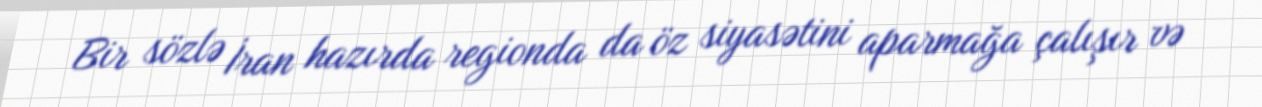
Bir sözlə İran hazırda regionda da öz siyasətini aparmağa çalışır və